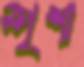
স্পৃশা